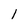
Character: l